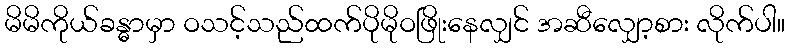
မိမိကိုယ်ခန္ဓာမှာ ဝသင့်သည်ထက်ပိုမိုဝဖြိုးနေလျှင် အဆီလျှော့စား လိုက်ပါ။